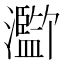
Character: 𪸄